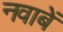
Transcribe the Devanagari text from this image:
नवाबें